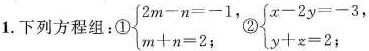
1.下列方程组：①$$\begin{cases} 2m-n=-1, \\ m+n=2; \end{cases};$$②$$\begin{cases} x-2y=-3\\ y+z=2; \end{cases}$$